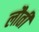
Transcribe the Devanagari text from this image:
लौती